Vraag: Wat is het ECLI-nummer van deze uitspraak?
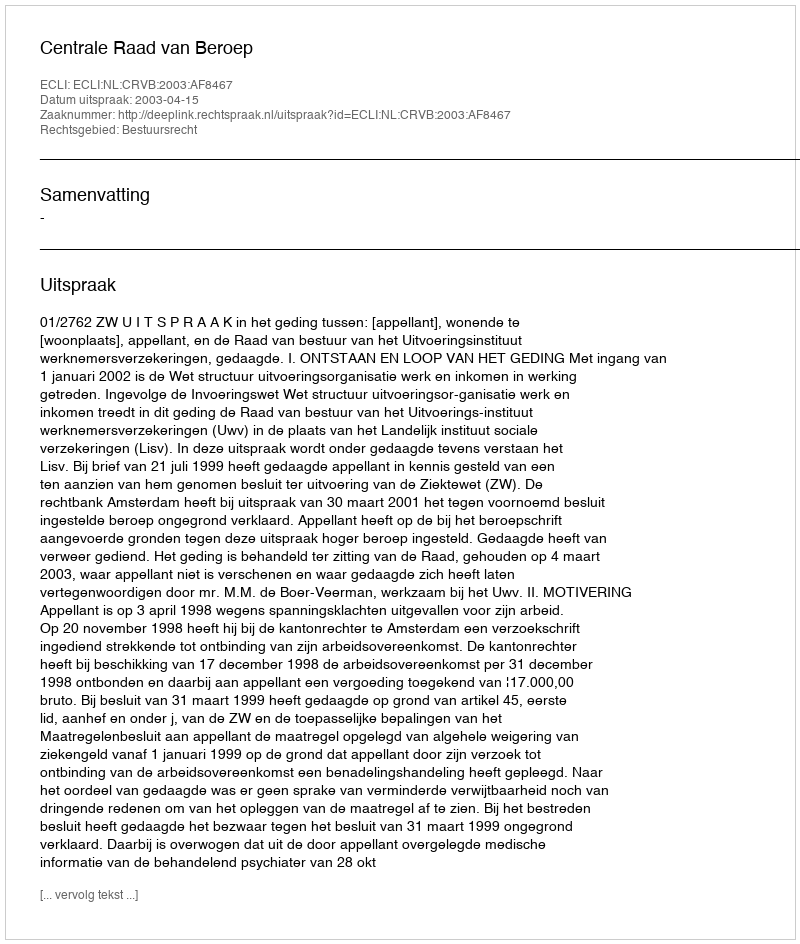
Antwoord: ECLI:NL:CRVB:2003:AF8467